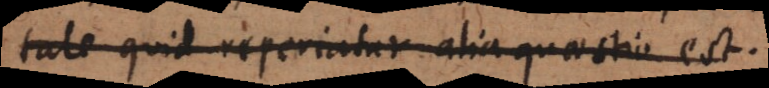
tale quid reperiatur alia quaestio est.